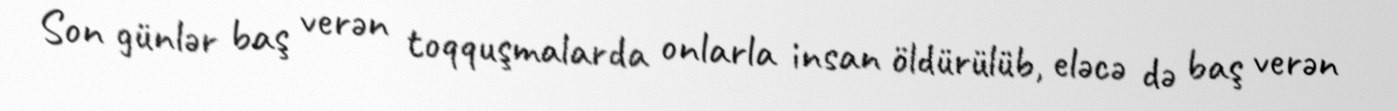
Son günlər baş verən toqquşmalarda onlarla insan öldürülüb, eləcə də baş verən